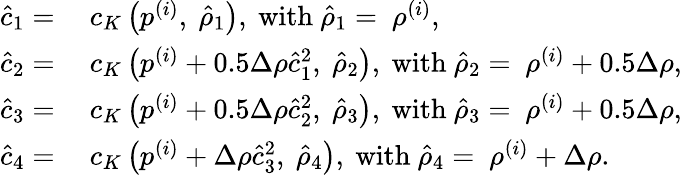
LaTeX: \begin{array}{rl}{\hat{c}_{1}=}&{~c_{K}\left(p^{(i)},~\hat{\rho}_{1}\right),~\mathrm{with}~\hat{\rho}_{1}=~\rho^{(i)},}\\ {\hat{c}_{2}=}&{~c_{K}\left(p^{(i)}+0.5\Delta\rho\hat{c}_{1}^{2},~\hat{\rho}_{2}\right),~\mathrm{with}~\hat{\rho}_{2}=~\rho^{(i)}+0.5\Delta\rho,}\\ {\hat{c}_{3}=}&{~c_{K}\left(p^{(i)}+0.5\Delta\rho\hat{c}_{2}^{2},~\hat{\rho}_{3}\right),~\mathrm{with}~\hat{\rho}_{3}=~\rho^{(i)}+0.5\Delta\rho,}\\ {\hat{c}_{4}=}&{~c_{K}\left(p^{(i)}+\Delta\rho\hat{c}_{3}^{2},~\hat{\rho}_{4}\right),~\mathrm{with}~\hat{\rho}_{4}=~\rho^{(i)}+\Delta\rho.}\end{array}